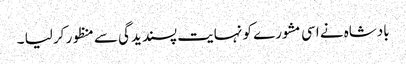
بادشاہ نے اسی مشورے کو نہایت پسندیدگی سے منظور کر لیا ۔